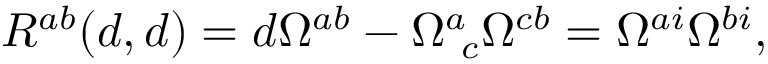
{ R } ^ { a b } ( d , d ) = d \Omega ^ { a b } - \Omega _ { ~ c } ^ { a } \Omega ^ { c b } = \Omega ^ { a i } \Omega ^ { b i } ,